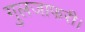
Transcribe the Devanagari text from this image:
गुलजाफरी।